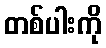
တစ်ပါးကို